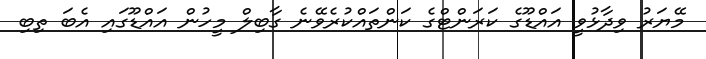
މޭޔަރު ވިދާޅުވީ އައްޑޫގެ ކަރަންޓްގެ ކަންތައްކުރެވޭނެ ގާބިލް މީހުން އައްޑޫގައި އެބަ ތިބި